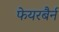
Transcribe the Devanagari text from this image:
फेयरबैर्न